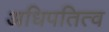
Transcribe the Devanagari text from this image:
अधिपतित्व